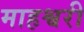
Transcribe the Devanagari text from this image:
माहश्वरी